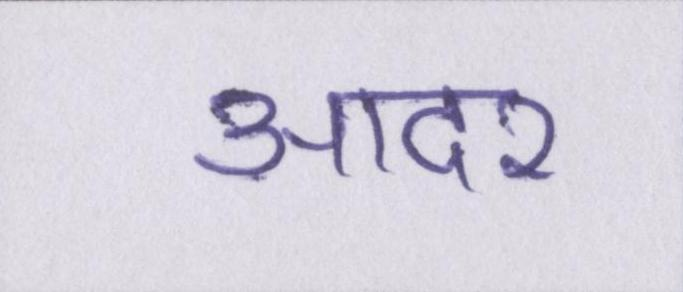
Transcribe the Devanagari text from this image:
आदर